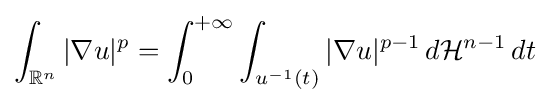
\int _{\mathbb {R} ^{n}}|\nabla u|^{p}=\int _{0}^{+\infty }\int _{u^{-1}({t})}|\nabla u|^{p-1}\,d{\mathcal {H}}^{n-1}\,dt